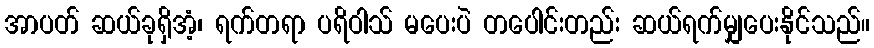
အာပတ် ဆယ်ခုရှိအံ့၊ ရက်တရာ ပရိဝါသ် မပေးပဲ တပေါင်းတည်း ဆယ်ရက်မျှပေးနိုင်သည်။